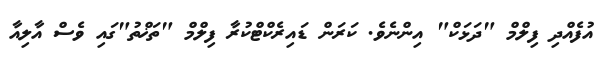
އުފެއްދި ފިލްމް "ދަޅަކް" އިންނެވެ. ކަރަން ޑައިރެކްޓްކުރާ ފިލްމް "ތަޚްތު"ގައި ވެސް އާލިއާ